Civil Veterinary Dept. Bombay admin report 1914-1922 - 1914-1922
Year: 1914
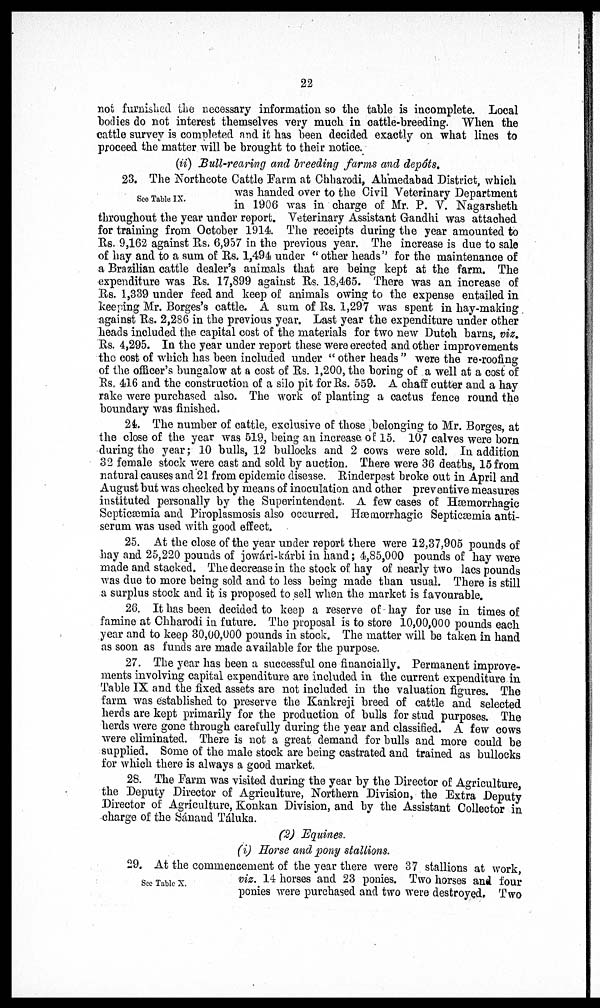
22
not furnished the necessary information so the table is incomplete. Local
bodies do not interest themselves very much in cattle-breeding. When the
cattle survey is completed and it has been decided exactly on what lines to
proceed the matter will be brought to their notice.
(ii) Bull-rearing and breeding farms and depôts.
See Table IX.
23. The Northcote Cattle Farm at Chharodi, Ahmedabad District, which
was handed over to the Civil Veterinary Department
in 1906 was in charge of Mr. P. V. Nagarsheth
throughout the year under report. Veterinary Assistant Gandhi was attached
for training from October 1914. The receipts during the year amounted to
Rs. 9,162 against Rs, 6,957 in the previous year. The increase is due to sale
of hay and to a sum of Rs. 1,494 under "other heads" for the maintenance of
a Brazilian cattle dealer's animals that are being kept at the farm. The
expenditure was Rs. 17,899 against Rs. 18,465. There was an increase of
Rs. 1,339 under feed and keep of animals owing to the expense entailed in
keeping Mr. Borges's cattle. A sum of Rs. 1,297 was spent in hay-making
against Rs. 2,286 in the previous year. Last year the expenditure under other
heads included the capital cost of the materials for two new Dutch barns, viz.
Rs. 4,295. In the year under report these were erected and other improvements
the cost of which has been included under "other heads" were the re-roofing
of the officer's bungalow at a cost of Rs. 1,200, the boring of a well at a cost of
Rs. 416 and the construction of a silo pit for Rs. 559. A chaff cutter and a hay
rake were purchased also. The work of planting a cactus fence round the
boundary was finished.
24. The number of cattle, exclusive of those belonging to Mr. Borges, at
the close of the year was 519, being an increase of 15. 107 calves were born
during the year; 10 bulls, 12 bullocks and 2 cows were sold. In addition
32 female stock were cast and sold by auction. There were 36 deaths, 15 from
natural causes and 21 from epidemic disease. Rinderpest broke out in April and
August but was checked by means of inoculation and other preventive measures
instituted personally by the Superintendent. A few cases of Hæmorrhagic
Septicæmia and Piroplasmosis also occurred. Hæmorrhagic Septicæmia anti-
serum was used with good effect.
25. At the close of the year under report there were 12,37,905 pounds of
hay and 25,220 pounds of jowári-kárbi in hand; 4,85,000 pounds of hay were
made and stacked. The decrease in the stock of hay of nearly two lacs pounds
was due to more being sold and to less being made than usual. There is still
a surplus stock and it is proposed to sell when the market is favourable.
26. It has been decided to keep a reserve of hay for use in times of
famine at Chharodi in future. The proposal is to store 10,00,000 pounds each
year and to keep 30,00,000 pounds in stock. The matter will be taken in hand
as soon as funds are made available for the purpose.
27. The year has been a successful one financially. Permanent improve-
ments involving capital expenditure are included in the current expenditure in
Table IX and the fixed assets are not included in the valuation figures. The
farm was established to preserve the Kankreji breed of cattle and selected
herds are kept primarily for the production of bulls for stud purposes. The
herds were gone through carefully during the year and classified. A few cows
were eliminated. There is not a great demand for bulls and more could be
supplied. Some of the male stock are being castrated and trained as bullocks
for which there is always a good market.
28. The Farm was visited during the year by the Director of Agriculture,
the Deputy Director of Agriculture, Northern Division, the Extra Deputy
Director of Agriculture, Konkan Division, and by the Assistant Collector in
charge of the Sánand Táluka.
(2) Equines.
(i) Horse and pony stallions.
See Table X.
29. At the commencement of the year there were 37 stallions at work
viz. 14 horses and 23 ponies. Two horses and four
ponies were purchased and two were destroyed. Two